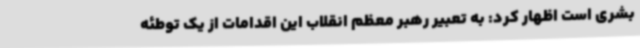
بشری است اظهار کرد: به تعبیر رهبر معظم انقلاب این اقدامات از یک توطئه